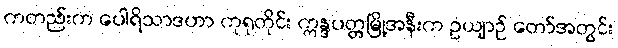
ကတည်းက ပေါရိသာဒဟာ ကုရုတိုင်း ဣန္ဒပတ္တမြို့အနီးက ဥယျာဉ် တော်အတွင်း